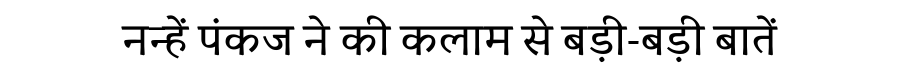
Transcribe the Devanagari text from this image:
नन्हें पंकज ने की कलाम से बड़ी-बड़ी बातें